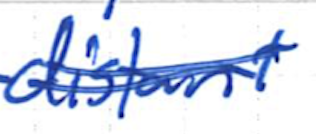
Text: distant
Cross-out: double-line
Writing tool: ballpoint